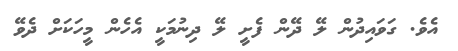
އެވެ. ގަވައިދުން ލޭ ދޭން ފެށީ ލޭ ދިނުމަކީ އެެހެން މީހަކަށް ދެވޭ